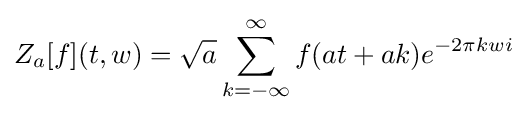
Z_{a}[f](t,w)={\sqrt {a}}\sum _{k=-\infty }^{\infty }f(at+ak)e^{-2\pi kwi}